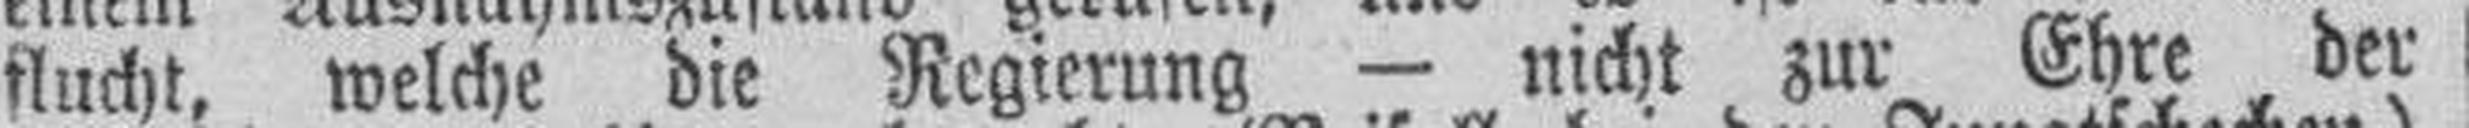
flucht, welche die Regierung — nicht zur Ehre der